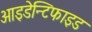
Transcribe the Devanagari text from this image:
आइडेन्टिफाइड